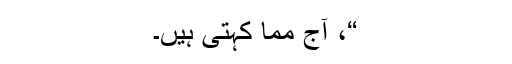
“، آج مما کہتی ہیں۔